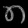
Digit: ၈